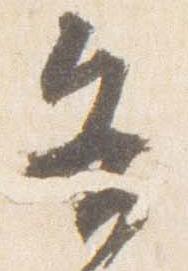
各